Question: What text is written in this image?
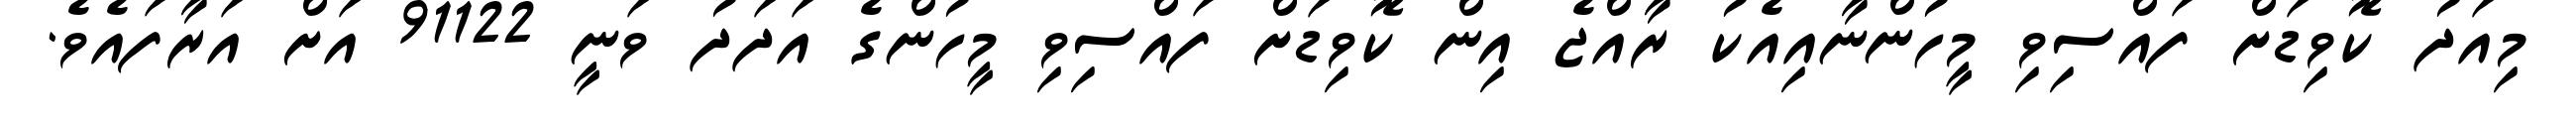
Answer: މިއަދު ކޮވިޑަށް ފައްސިވި މީހުންނާއިއެކު ރާއްޖެ އިން ކޮވިޑަށް ފައްސިވި މީހުންގެ އަދަދު ވަނީ 91122 އަށް އަރާފައެވެ.